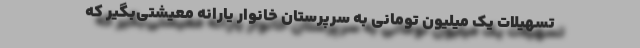
تسهیلات یک میلیون تومانی به سرپرستان خانوار یارانه معیشتی‌بگیر که